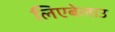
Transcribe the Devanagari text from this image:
लिएबेलाउ